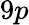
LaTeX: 9p